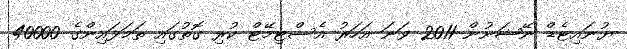
ޔުނައިޓެޑް ނޭޝަނުން 2011 ވަނަ އަހަރު އެސްޓިމޭޓް ކުރި ގޮތުގައި ތަމަޅައިންގެ 40000